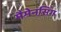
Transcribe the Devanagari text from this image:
मैमेनसिंग